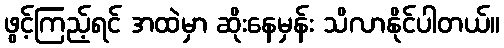
ဖွင့်ကြည့်ရင် အထဲမှာ ဆိုးနေမှန်း သိလာနိုင်ပါတယ်။